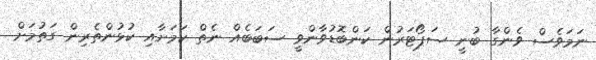
ނަމަވެސް ވެންގާ ބުނީ ސަޕޯޓަރުން ކަންބޮޑުވާންވީ ސަބަބެއް ނެތް ކަމަށާއި ކުޅުންތެރިން ގަތުމަށް